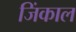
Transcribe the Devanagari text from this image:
जिंकाल